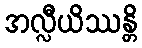
အလ္လီယိဿန္တိ